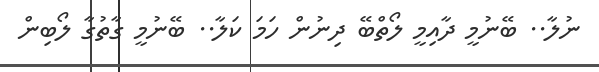
ނުލާ.. ބޭނުމީ ދާއިމީ ލޯތްބޭ ދިނުން ހަމަ ކަލާ.. ބޭނުމީ ގާތުގާ ލޯބިން